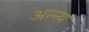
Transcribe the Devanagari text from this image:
अन्न्य